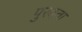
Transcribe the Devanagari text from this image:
पुरवता